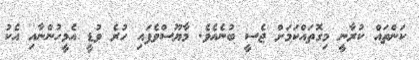
ކަންތައް ކުރާނީ މިގޮތައްކަމަށް ޖެސީ ބުނެއެވެ. މާޔޫސްވެފައި ހުރެ ވުޑީ އެމީހުންނާއި އެކު